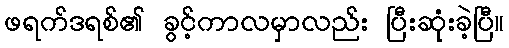
ဖရက်ဒရစ်၏ ခွင့်ကာလမှာလည်း ပြီးဆုံးခဲ့ပြီ။